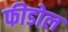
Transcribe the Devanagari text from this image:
फीडोल